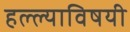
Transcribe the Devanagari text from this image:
हल्ल्याविषयी